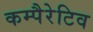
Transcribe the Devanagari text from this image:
कम्पैरेटिव